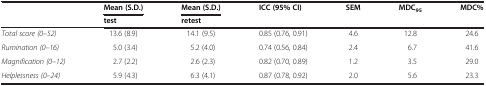
<table><thead><tr><td><b> </b></td><td><b>Mean (S.D.)</b></td><td><b>Mean (S.D.)</b></td><td><b>ICC (95% CI)</b></td><td><b>SEM</b></td><td><b>MDC<sub>95</sub></b></td><td><b>MDC%</b></td></tr><tr><td><b> </b></td><td><b>test</b></td><td><b>retest</b></td><td><b> </b></td><td><b> </b></td><td><b> </b></td><td><b> </b></td></tr></thead><tbody><tr><td><i>Total score (0–52)</i></td><td>13.6 (8.9)</td><td>14.1 (9.5)</td><td>0.85 (0.76, 0.91)</td><td>4.6</td><td>12.8</td><td>24.6</td></tr><tr><td><i>Rumination (0–16)</i></td><td>5.0 (3.4)</td><td>5.2 (4.0)</td><td>0.74 (0.56, 0.84)</td><td>2.4</td><td>6.7</td><td>41.6</td></tr><tr><td><i>Magnification (0–12)</i></td><td>2.7 (2.2)</td><td>2.6 (2.3)</td><td>0.82 (0.70, 0.89)</td><td>1.2</td><td>3.5</td><td>29.0</td></tr><tr><td><i>Helplessness (0–24)</i></td><td>5.9 (4.3)</td><td>6.3 (4.1)</td><td>0.87 (0.78, 0.92)</td><td>2.0</td><td>5.6</td><td>23.3</td></tr></tbody></table>